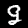
Digit: 9